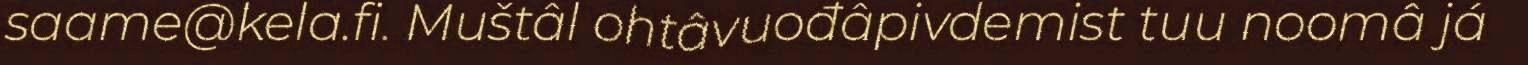
saame@kela.fi. Muštâl ohtâvuođâpivdemist tuu noomâ já